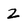
Character: Z